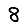
Digit: 8